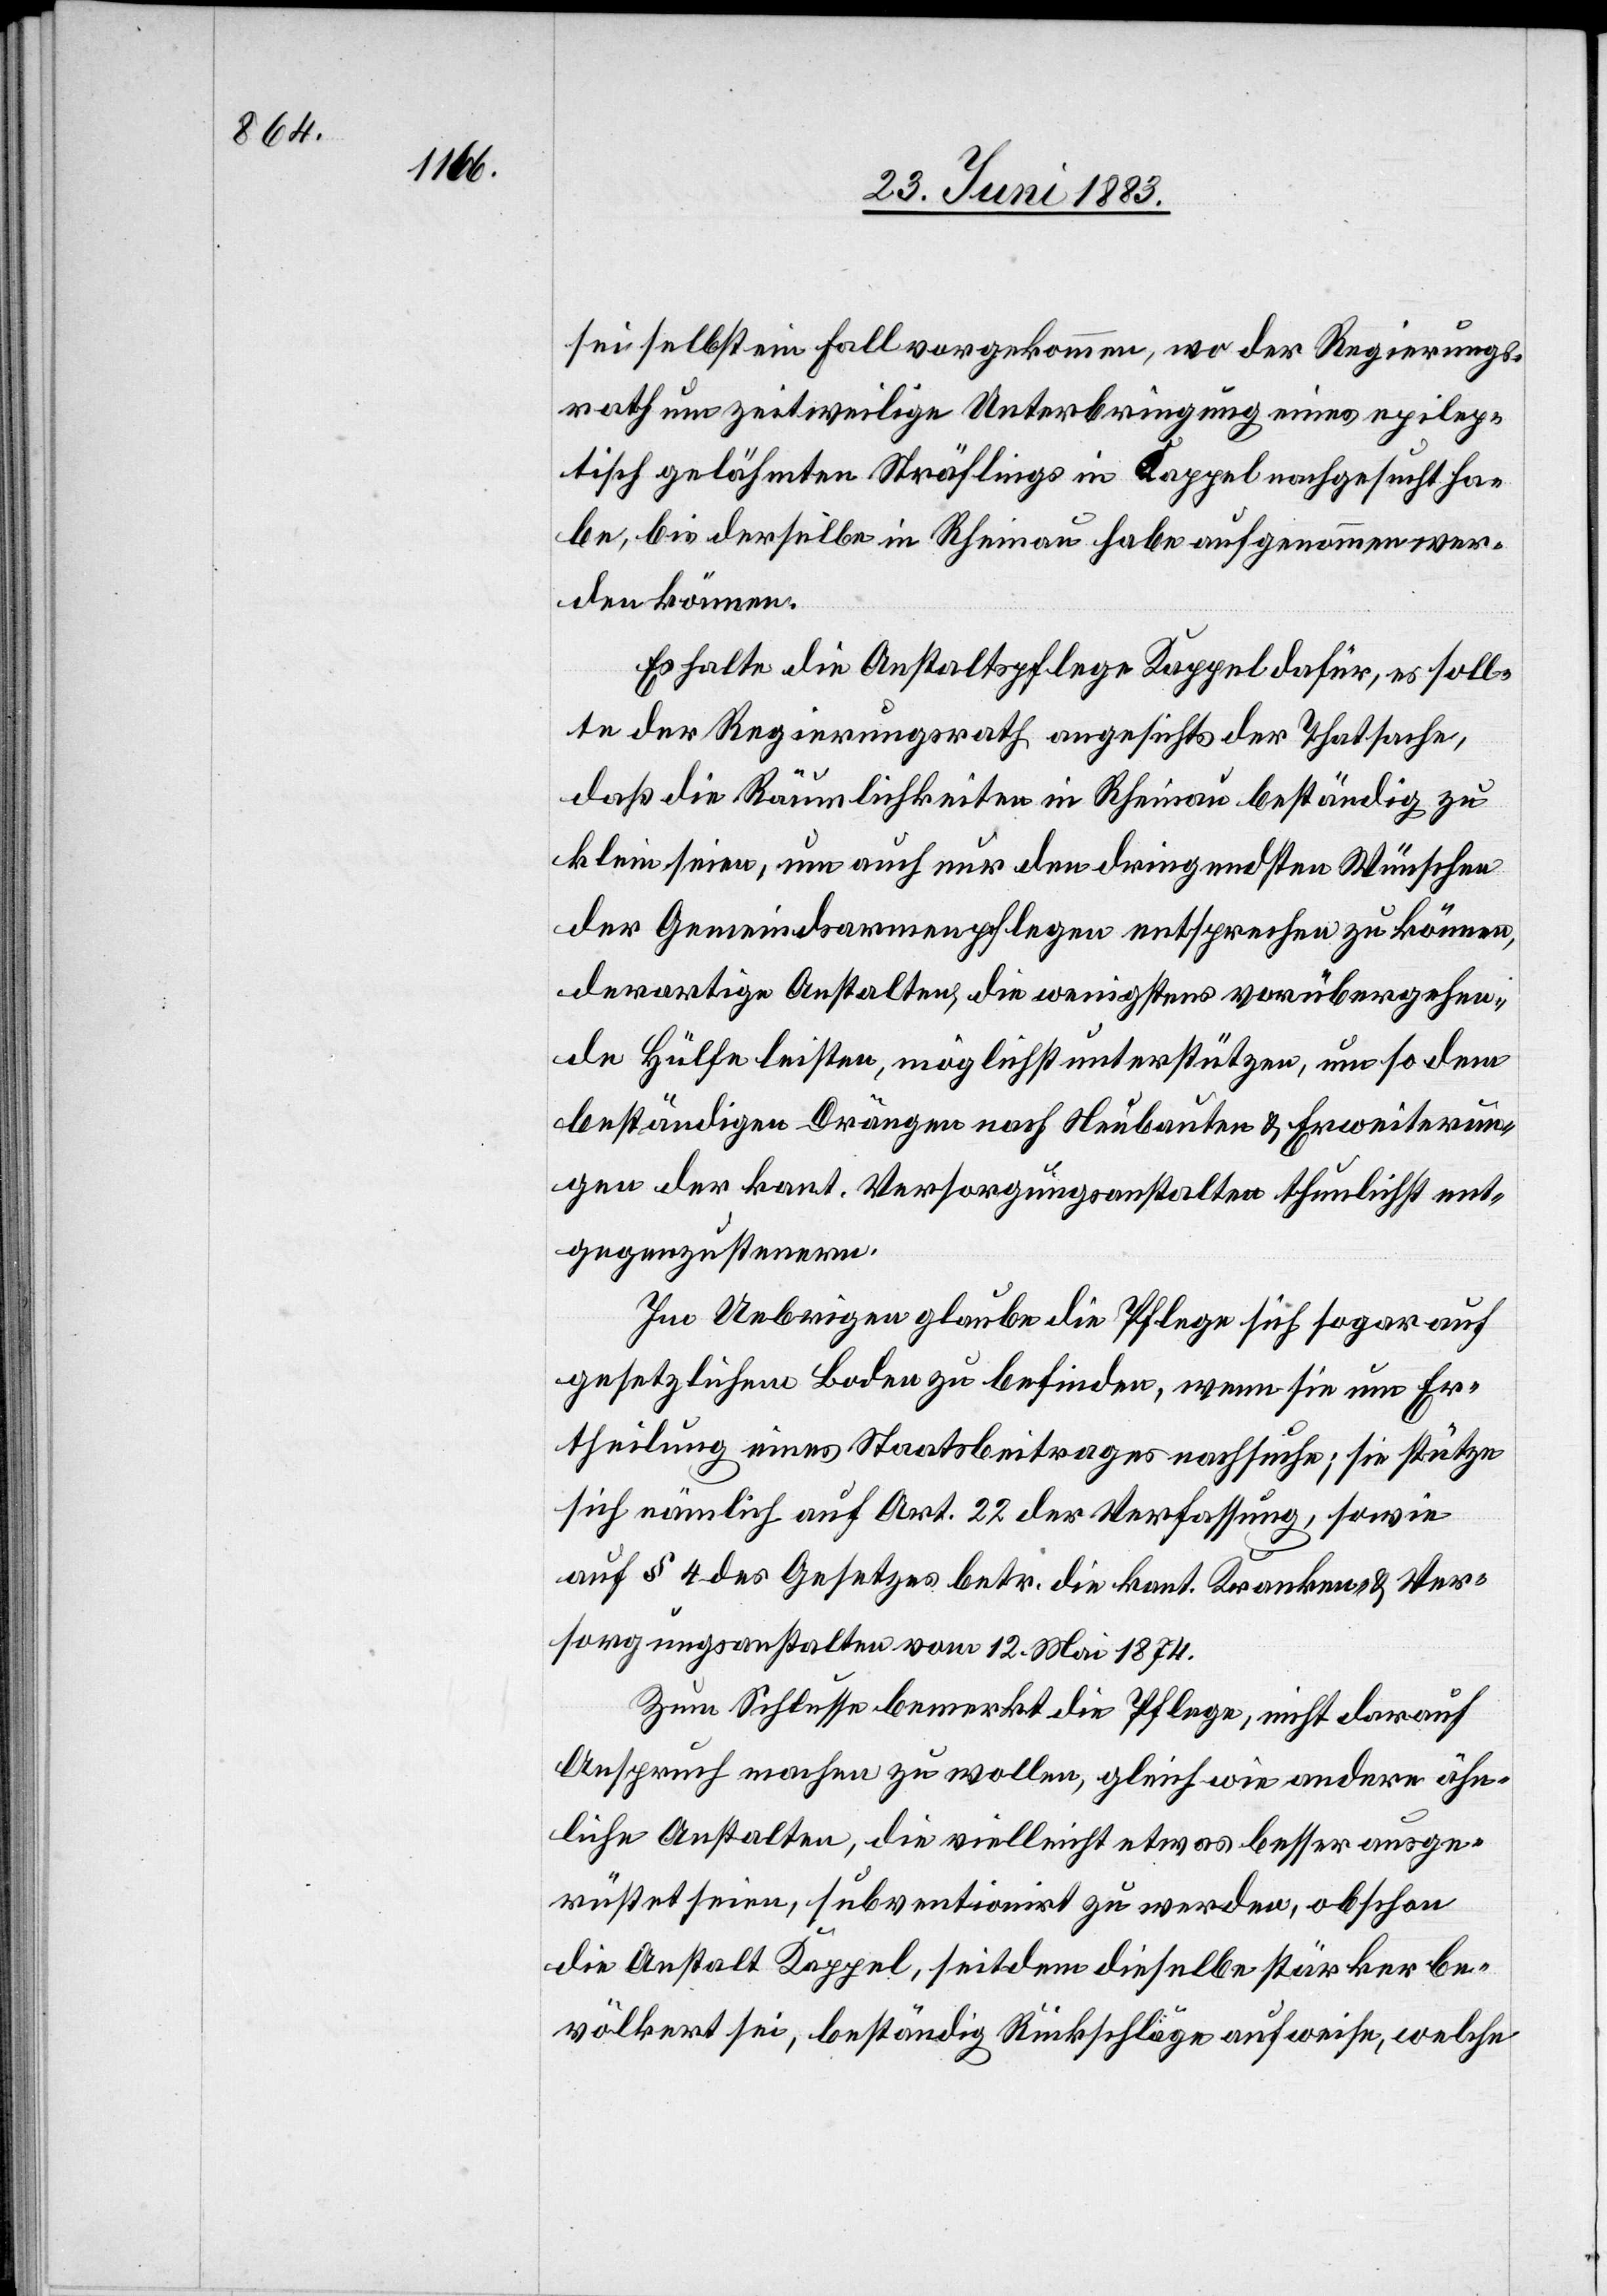
sei selbst ein Fall vorgekommen, wo der Regierungs¬
rath um zeitweilige Unterbringung eines epilep¬
tisch gelähmten Sträflings in Kappel nachgesucht ha¬
be, bis derselbe in Rheinau habe aufgenommen wer¬
den können.
Es halte die Anstaltspflege Kappel dafür, es soll¬
te der Regierungsrath angesichts der Thatsache,
daß die Räumlichkeiten in Rheinau beständig zu
klein seien, um auch nur den dringendsten Wünschen
der Gemeindsarmenpflegen entsprechen zu können,
derartige Anstalten, die wenigstens vorübergehen¬
de Hülfe leisten, möglichst unterstützen, um so dem
beständigen Drängen nach Neubauten & Erweiterun¬
gen der kant. Versorgungsanstalten thunlichst ent¬
gegenzusteuern.
Im Uebrigen glaube die Pflege sich sogar auf
gesetzlichem Boden zu befinden, wenn sie um Er¬
theilung eines Staatsbeitrages nachsuche; sie stütze
sich nämlich auf Art. 22 der Verfassung, sowie
auf § 4 des Gesetzes betr. die kant. Kranken- & Ver¬
sorgungsanstalten vom 12. Mai 1874.
Zum Schlusse bemerkt die Pflege, nicht darauf
Anspruch machen zu wollen, gleich wie andere ähn¬
liche Anstalten, die vielleicht etwas besser ausge¬
rüstet seien, subventionirt zu werden, obschon
die Anstalt Kappel, seitdem dieselbe stärker be¬
völkert sei, beständig Rückschläge aufweise, welche